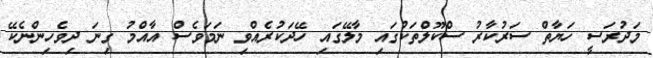
މަދުރަސީ ހަޔާތް ސަރުކާރު ސްކޫލްތަކުގައި މާލޭގައި ހޭދަކުރެއްވި ނަމަވެސް އާއްމު ގިނަ ދިވެހިންނެކޭ